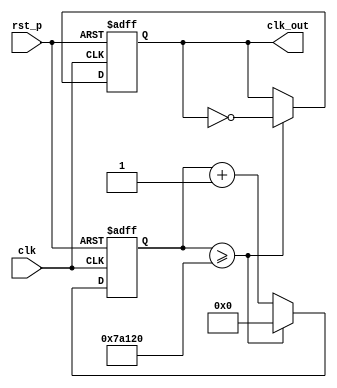
`timescale 1ns / 1ps
//////////////////////////////////////////////////////////////////////////////////
// Company: 
// Engineer: 
// 
// Design Name: 
// Module Name: fre_div_100
// Project Name: 
// Target Devices: 
// Tool Versions: 
// Description: 
// 
// Dependencies: 
// 
// Revision:
// Revision 0.01 - File Created
// Additional Comments:
// 
//////////////////////////////////////////////////////////////////////////////////


`define FREQ_DIV_BIT 26
`define FREQ_DIV_NUM 500000  //  create 100hz


module fre_div_100(
output reg clk_out, // 100hz
input clk, // clock input
input rst_p // reset
);
reg [`FREQ_DIV_BIT-1:0] clk_rec; // count 
reg [`FREQ_DIV_BIT-1:0] cnt_tmp; // temporary

always @*    cnt_tmp <= clk_rec + 1'b1;

always @(posedge clk or posedge rst_p)
    if (rst_p) begin
        clk_rec <= `FREQ_DIV_BIT'd0;
        clk_out <= 1'd0;
    end
    else if (clk_rec >= `FREQ_DIV_NUM)  begin
        clk_rec <= `FREQ_DIV_BIT'd0;
        clk_out <= (~clk_out);
    end
    else clk_rec <= cnt_tmp;

endmodule